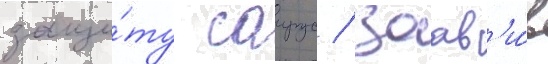
защи́ту саирус / заав'и́в